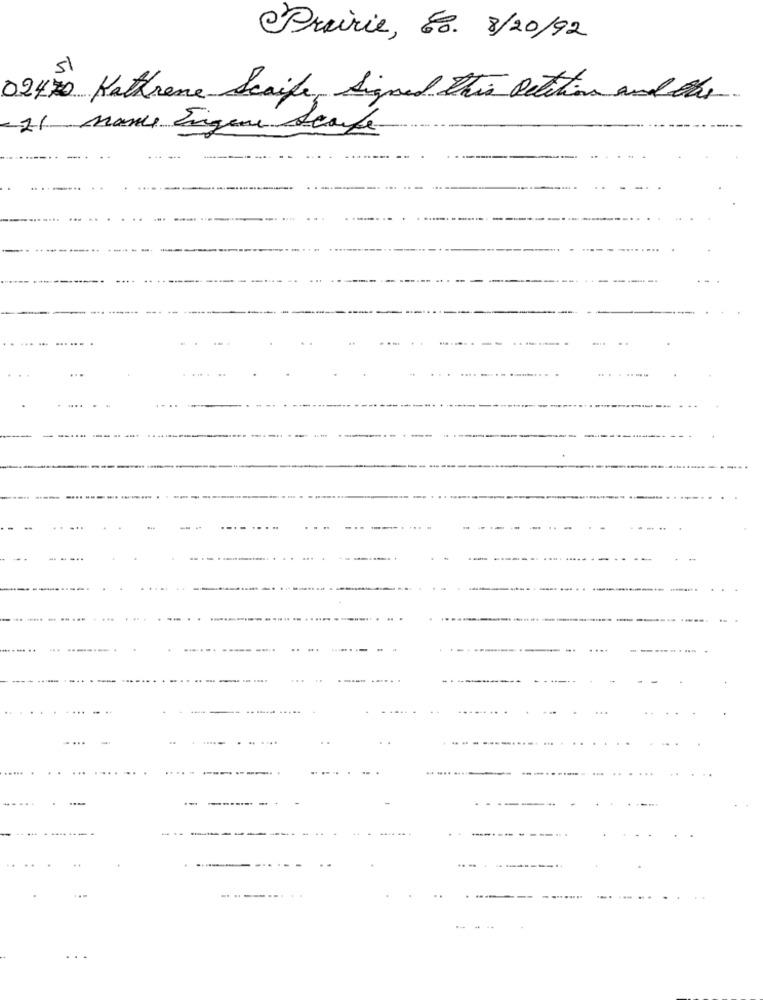
Prairie, E. 8/20/92
02470 Kathrene Scaife, Signed This Petition and the
21 Manu Enigene Scafe
-.